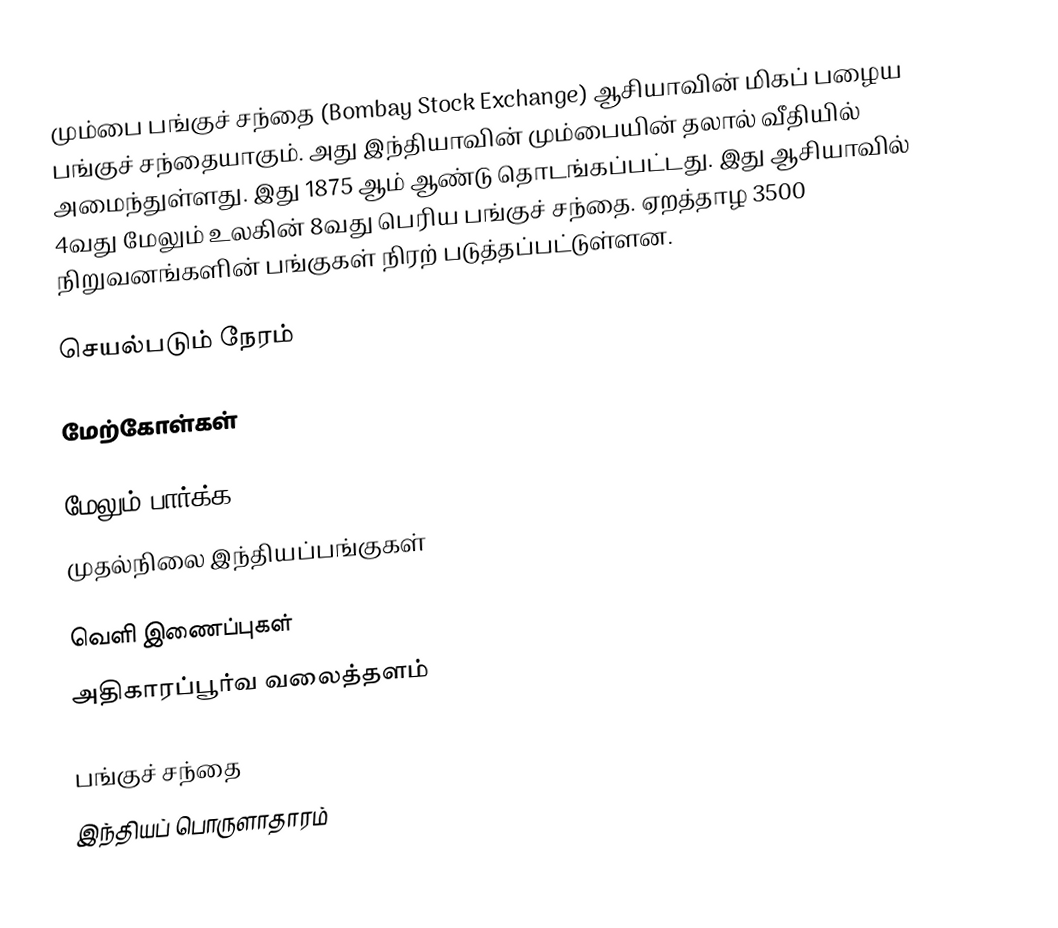
மும்பை பங்குச் சந்தை (Bombay Stock Exchange) ஆசியாவின் மிகப் பழைய பங்குச் சந்தையாகும். அது இந்தியாவின் மும்பையின் தலால் வீதியில் அமைந்துள்ளது. இது 1875 ஆம் ஆண்டு தொடங்கப்பட்டது. இது ஆசியாவில் 4வது மேலும் உலகின் 8வது பெரிய பங்குச் சந்தை. ஏறத்தாழ 3500 நிறுவனங்களின் பங்குகள் நிரற் படுத்தப்பட்டுள்ளன.

செயல்படும் நேரம்

மேற்கோள்கள்

மேலும் பார்க்க
 முதல்நிலை இந்தியப்பங்குகள்

வெளி இணைப்புகள்
 அதிகாரப்பூர்வ வலைத்தளம்

பங்குச் சந்தை
இந்தியப் பொருளாதாரம்